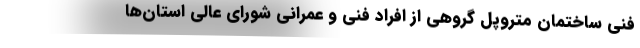
فنی ساختمان متروپل گروهی از افراد فنی و عمرانی شورای عالی استان‌ها